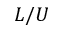
L / U